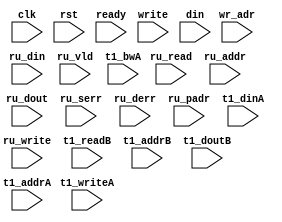
/*
 * Copyright (C) 2011 Memoir Systems Inc. These coded instructions, statements, and computer programs are
 * Confidential Proprietary Information of Memoir Systems Inc. and may not be disclosed to third parties
 * or copied in any form, in whole or in part, without the prior written consent of Memoir Systems Inc.
 * 
 * Generated File by Ipgen. Version: 3.3.4981M Date: Wed 2012.11.21 at 03:05:28 PM IST
 * */

module algo_2w1ru_c35_sva_wrap
#(parameter IP_WIDTH = 64,
parameter   IP_BITWIDTH = 6,
parameter   IP_DECCBITS = 8,
parameter   IP_NUMADDR = 2048,
parameter   IP_BITADDR = 11,
parameter   IP_NUMVBNK = 1,
parameter   IP_BITVBNK = 1,
parameter   IP_BITPBNK = 2, 
parameter   IP_SECCBITS = 8,
parameter   IP_SECCDWIDTH = 2,
parameter   IP_ENAECC = 0,
parameter   IP_ENAPAR = 0,
parameter   FLOPIN = 0,
parameter   FLOPOUT = 0,
parameter   FLOPMEM = 0,
parameter   FLOPECC = 0,
parameter   FLOPCMD = 0,
parameter   T1_WIDTH = 73,
parameter   T1_NUMVBNK = 4,
parameter   T1_BITVBNK = 2,
parameter   T1_DELAY = 1,
parameter   T1_NUMVROW = 2048,
parameter   T1_BITVROW = 11,
parameter   T1_BITWSPF = 0,
parameter   T1_NUMWRDS = 1,
parameter   T1_BITWRDS = 1,
parameter   T1_NUMSROW = 2048,
parameter   T1_BITSROW = 11,
parameter   T1_PHYWDTH = 73)
(clk, rst, ready, write,
wr_adr,
din,
ru_read,
ru_write,
ru_addr,
ru_din,
ru_dout,
ru_vld,
ru_serr,
ru_derr,
ru_padr,
t1_readB,
t1_addrB,
t1_doutB,
t1_writeA,
t1_addrA,
t1_dinA,
t1_bwA);

parameter WIDTH   = IP_WIDTH;
parameter BITWDTH = IP_BITWIDTH;
parameter ENAPAR  = IP_ENAPAR;
parameter ENAECC = IP_ENAECC;
parameter ECCWDTH = IP_DECCBITS;
parameter NUMADDR = IP_NUMADDR;
parameter BITADDR = IP_BITADDR;
parameter NUMSTPT = 2;
parameter NUMPBNK = 3;
parameter BITPBNK = 2;
parameter NUMWRDS = T1_NUMWRDS;      // ALIGN Parameters
parameter BITWRDS = T1_BITWRDS;
parameter NUMSROW = T1_NUMSROW;
parameter BITSROW = T1_BITSROW;
parameter MEMWDTH = ENAPAR ? WIDTH+1 : ENAECC ? WIDTH+ECCWDTH : WIDTH;
parameter PHYWDTH = T1_PHYWDTH;
parameter SRAM_DELAY = T1_DELAY;
parameter UPDT_DELAY = 7;
parameter BITPADR = BITPBNK+BITSROW+BITWRDS+1;

input [NUMSTPT-1:0]                  write;
input [NUMSTPT*BITADDR-1:0]          wr_adr;
input [NUMSTPT*WIDTH-1:0]            din;
input                                ru_read;
input                                ru_write;
input [BITADDR-1:0]                  ru_addr;
input [WIDTH-1:0]                    ru_din;
input                               ru_vld;
input [WIDTH-1:0]                   ru_dout;
input                               ru_serr;
input                               ru_derr;
input [BITPADR-1:0]                 ru_padr;
input                               ready;
input                                clk, rst;

input [NUMPBNK-1:0] t1_writeA;
input [NUMPBNK*BITSROW-1:0] t1_addrA;
input [NUMPBNK*PHYWDTH-1:0] t1_bwA;
input [NUMPBNK*PHYWDTH-1:0] t1_dinA;

input [NUMPBNK-1:0] t1_readB;
input [NUMPBNK*BITSROW-1:0] t1_addrB;
input [NUMPBNK*PHYWDTH-1:0] t1_doutB;

// ********************************************************************************
// ENABLE BELOW ASSERTIONS
// ********************************************************************************

/*
*
  *
  *
  *
module memoir_2w1ru_24Kx20_sva_3_3_8043M
(
 input            clk,
 input            rst,
 input            ready,
 input            write_0,
 input [15 - 1:0] addr_0,
 input [20 - 1:0] din_0,
 input            write_1,
 input [15 - 1:0] addr_1,
 input [20 - 1:0] din_1,
 input            ru_read_2,
 input            ru_write_2,
 input [15 - 1:0] ru_addr_2,
 input [20 - 1:0] ru_din_2,
 input [20 - 1:0] ru_dout_2,
 input            ru_vld_2,
 input            ru_serr_2,
 input            ru_derr_2
 );

  parameter UDEL = 11;
  parameter NUMA = 24576;
  parameter BITA = 15;

  reg [BITA - 1:0]   ru_addr_2_d [0:UDEL-1];
  integer        i;
  always @(posedge clk) begin
    for (i = 0; i < UDEL; i++)
      if (i == 0)
        ru_addr_2_d[i] <= ru_addr_2;
      else
        ru_addr_2_d[i] <= ru_addr_2_d[i-1];
  end

  assert_ru_write_read_check: assert property (@(posedge clk) disable iff (!ready) ru_write_2 |-> $past(ru_read_2, UDEL))
    else $display("[ERROR:memoir:%m:%0t] ru2 ru_write without previous ru_read", $time);

  integer j;
  reg     vld [0:NUMA - 1];
  always @(posedge clk) begin
    if (rst) begin
      for (j = 0; j < NUMA; j++) 
        vld[j] <= 1'b0;
    end else begin
      if (write_0 && |din_0)
        vld[addr_0] <= 1'b1;
      if (write_1 && |din_1)
        vld[addr_1] <= 1'b1;
      if (ru_write_2 & !(|ru_din_2))
        vld[ru_addr_2_d[UDEL-1]] <= 1'b0;
    end
  end

  assert_write_0_vld_entry_check: assert property (@(posedge clk) disable iff (!ready) write_0 |-> !(vld[addr_0]))
    else $display("[ERROR:memoir:%m:%0t] write_0 write to valid entry", $time);
  assert_write_1_vld_entry_check: assert property (@(posedge clk) disable iff (!ready) write_1 |-> !(vld[addr_1]))
    else $display("[ERROR:memoir:%m:%0t] write_1 write to valid_entry", $time);
  assert_ru_read_2_invalid_entry_check: assert property (@(posedge clk) disable iff (!ready) ru_read_2 |-> vld[ru_addr_2])
    else $display("[ERROR:memoir:%m:%0t] ru_read_2 read from invalid entry", $time);

endmodule // memoir_2w1ru_24Kx20_sva_3_3_8043M
*/

endmodule